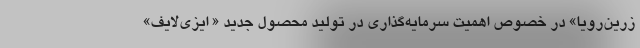
زرین‌رویا» در خصوص اهمیت سرمایه‌گذاری در تولید محصول جدید « ایزی‌لایف»